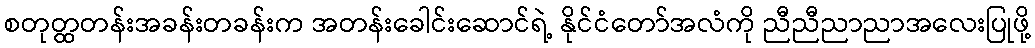
စတုတ္ထတန်းအခန်းတခန်းက အတန်းခေါင်းဆောင်ရဲ့ နိုင်ငံတော်အလံကို ညီညီညာညာအလေးပြုဖို့